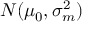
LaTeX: N ( \mu _ { 0 } , \sigma _ { m } ^ { 2 } )